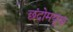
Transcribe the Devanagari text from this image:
छंदोमयूख